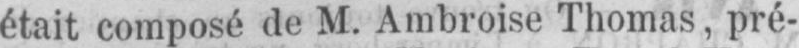
était composé de M. Ambroise Thomas, pré-